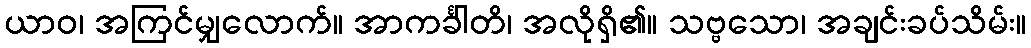
ယာဝ၊ အကြင်မျှလောက်။ အာကင်္ခါတိ၊ အလိုရှိ၏။ သဗ္ဗသော၊ အချင်းခပ်သိမ်း။